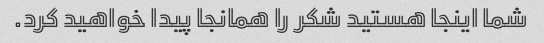
شما اینجا هستید شکر را همانجا پیدا خواهید کرد.